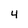
Character: 4